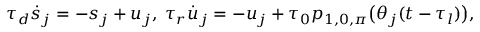
\tau _ { d } \dot { s } _ { j } = - s _ { j } + u _ { j } , \; \tau _ { r } \dot { u } _ { j } = - u _ { j } + \tau _ { 0 } p _ { 1 , 0 , \pi } \big ( \theta _ { j } ( t - \tau _ { l } ) \big ) ,